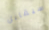
سيقابل